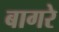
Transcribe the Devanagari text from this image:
बागरे